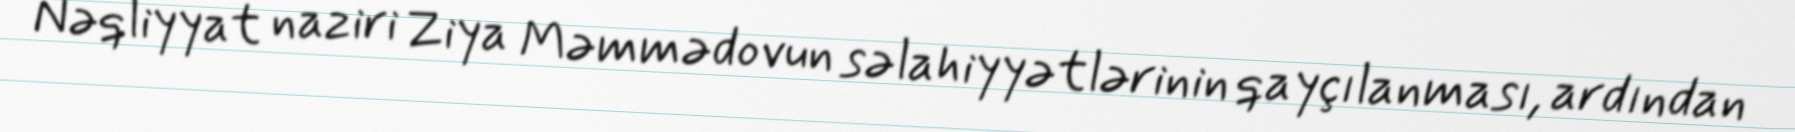
Nəqliyyat naziri Ziya Məmmədovun səlahiyyətlərinin qayçılanması, ardından